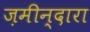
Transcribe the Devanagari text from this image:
ज़मीन्दारा